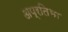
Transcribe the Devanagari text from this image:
अप्रतिभा